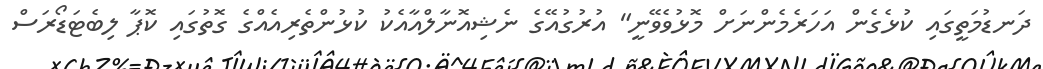
ދަނޑުމަތީގައި ކުޅެގެން އަހަރެމެންނަށް މޮޅުވެެވޭނީ" އުރުގުއޭގެ ނެޝިއޮނާލްއާއެކު ކުޅުންތެރިއެއްގެ ގޮތުގައި ކޮޕާ ލިބެޓަޑޯރަސް